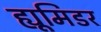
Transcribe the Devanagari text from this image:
ह्यूमिडर